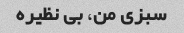
سبزی من، بی نظیره